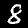
Label: 8